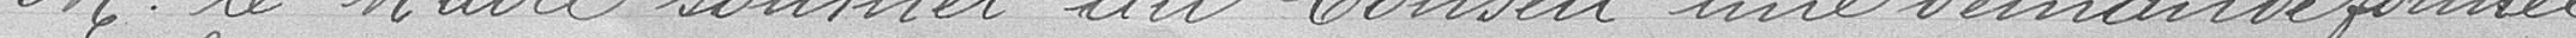
Monsieur le Maire soumet au Conseil une demande formée